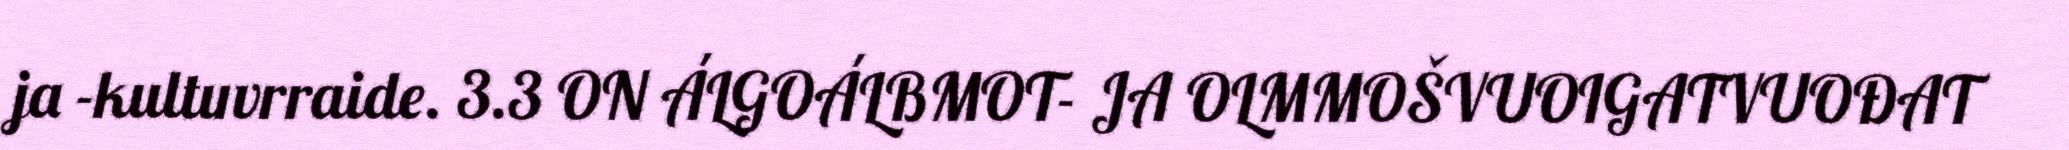
ja -kultuvrraide. 3.3 ON ÁLGOÁLBMOT- JA OLMMOŠVUOIGATVUOĐAT